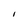
Character: I